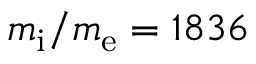
m _ { \mathrm { i } } / m _ { \mathrm { e } } = 1 8 3 6